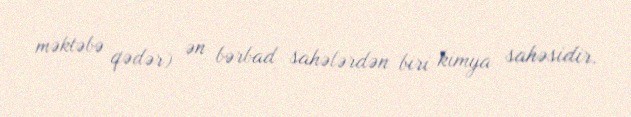
məktəbə qədər) ən bərbad sahələrdən biri kimya sahəsidir.